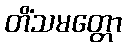
တိံသမတ္တော